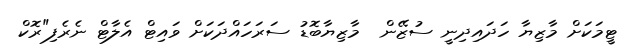
ޓީމަކަށް މާޒިޔާ ހަދައިދިނީ ސުޒޭން  މާޒިޔާބޮޑު ސަރަހައްދަކަށް ވައިޓް އެލާޓް ނެރެފި"ރޮކް